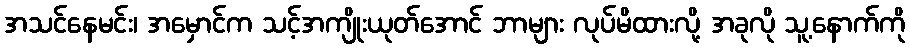
အသင်နေမင်း၊ အမှောင်က သင့်အကျိုးယုတ်အောင် ဘာများ လုပ်မိထားလို့ အခုလို သူ့နောက်ကို